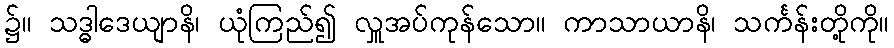
၌။ သဒ္ဓါဒေယျာနိ၊ ယုံကြည်၍ လှူအပ်ကုန်သော။ ကာသာယာနိ၊ သင်္ကန်းတို့ကို။